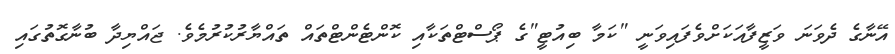
އޭނާގެ ދެވަނަ ވަޒީފާއަކަށްވެފައިވަނީ "ކަމާ ބިއުޓީ"ގެ ޕޯސްޓްތަކާއި ކޮންޓެންޓްތައް ތައްޔާރުކުރުމެވެ. ޖައްޔިދާ ބުނާގޮތުގައި